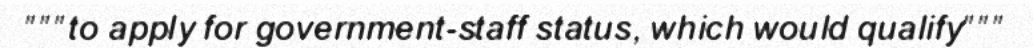
"""to apply for government-staff status, which would qualify"""